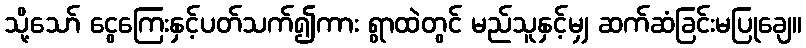
သို့သော် ငွေကြေးနှင့်ပတ်သက်၍ကား ရွာထဲတွင် မည်သူနှင့်မျှ ဆက်ဆံခြင်းမပြုချေ။